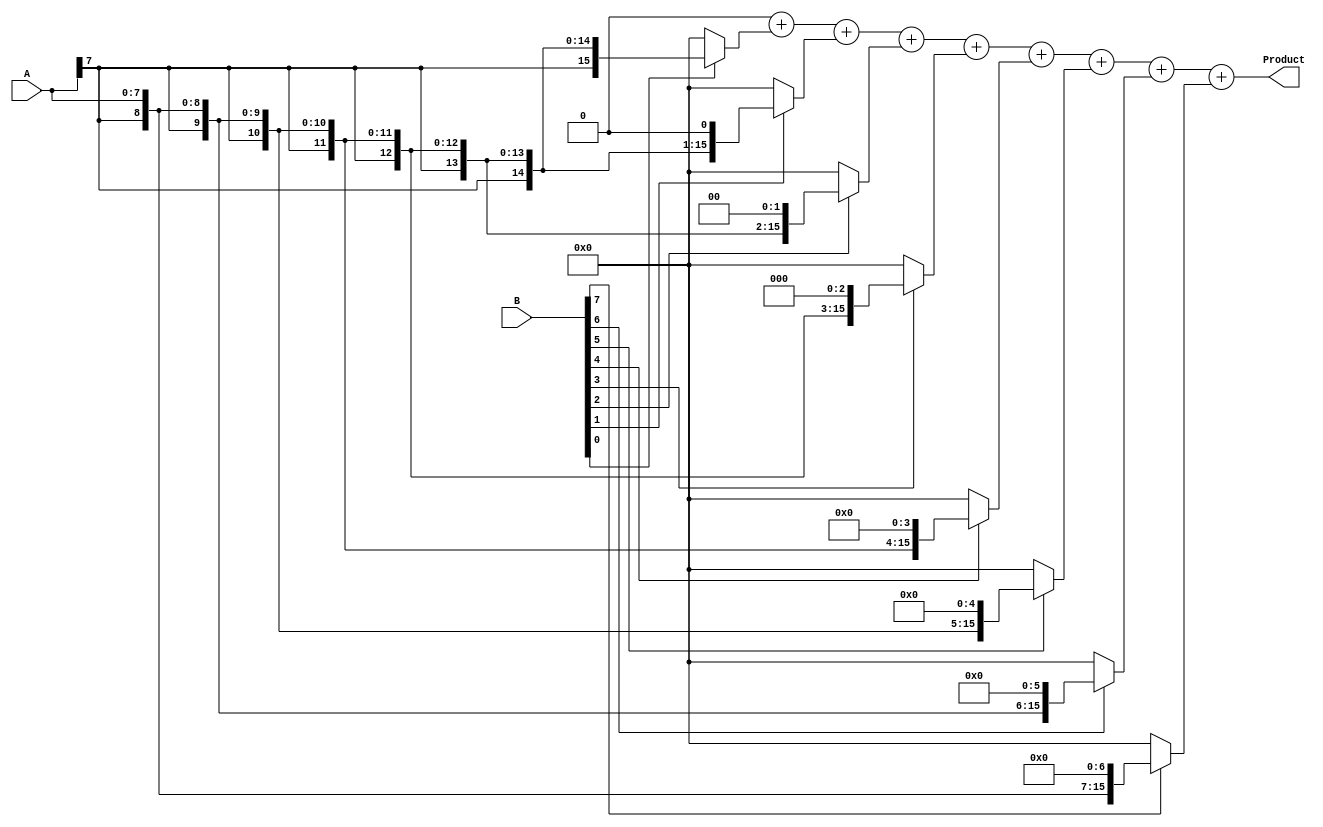
module CSD_Multiplier #(parameter A_WIDTH = 8, parameter B_WIDTH = 8)(
    input signed [A_WIDTH-1:0] A,
    input signed [B_WIDTH-1:0] B,
    output reg signed [A_WIDTH+B_WIDTH-1:0] Product
);

    // Internal partial product registers
    reg signed [A_WIDTH+B_WIDTH-1:0] partial_products [0:B_WIDTH-1];
    
    integer i;

    // CSD decoder and partial product generation
    always @(*) begin
        Product = 0; // Initialize the Product
        for (i = 0; i < B_WIDTH; i = i + 1) begin
            // Extract CSD digit from B
            case (B[i]) 
                1: partial_products[i] = A << i;         // CSD digit is +1
                -1: partial_products[i] = -A << i;       // CSD digit is -1
                default: partial_products[i] = 0;         // CSD digit is 0
            endcase
        end

        // Sum the partial products
        for (i = 0; i < B_WIDTH; i = i + 1) begin
            Product = Product + partial_products[i];
        end
    end

endmodule